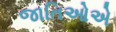
જાતિઓએ